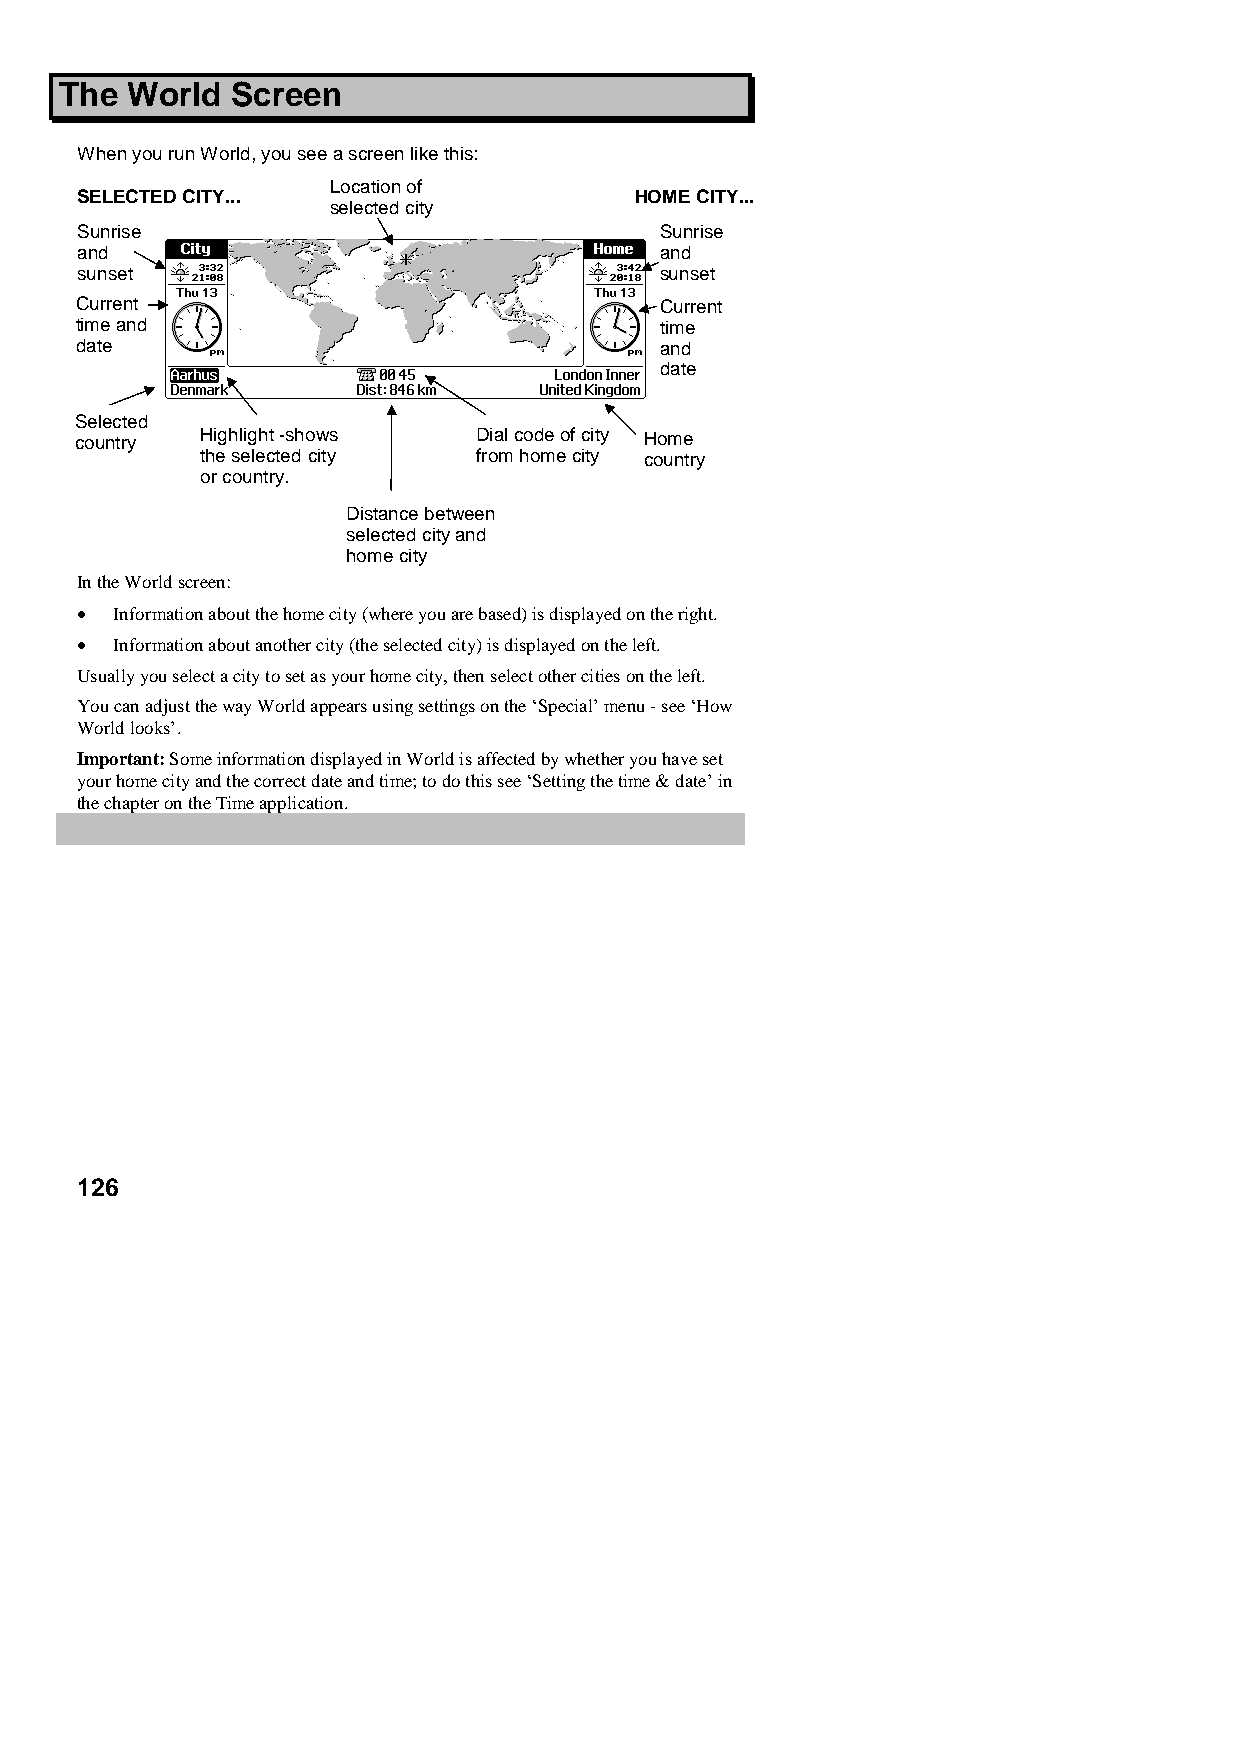
The World  Screen
 When you run World, you see a screen like this:
 Location of
 SELECTED CITY...                     HOME CITY...
 selected city
 Sunrise                                Sunrise
 and                                    and
 sunset                                 sunset
 Current                                Current
 time and                               time
 date                                   and
 date
 Selected
 c ountry Highlight -shows  Dial code of city Home
 the selected city  from home city country
 or country.
 Distance between
 selected city and
 home city
 In the World screen:
 •  Information about the home city (where you are based) is displayed on the right.
 •  Information about another city (the selected city) is displayed on the left.
 Usually you select a city to set as your home city, then select other cities on the left.
 You can adjust the way World appears using settings on the ‘Special’ menu - see ‘How
 World looks’.
 Important: Some information displayed in World is affected by whether you have set
 your home city and the correct date and time; to do this see ‘Setting the time & date’ in
 the chapter on the Time application.
 126